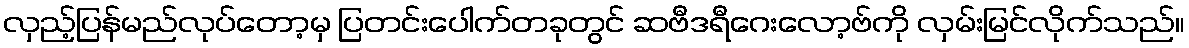
လှည့်ပြန်မည်လုပ်တော့မှ ပြတင်းပေါက်တခုတွင် ဆဗီဒရီဂေးလော့ဗ်ကို လှမ်းမြင်လိုက်သည်။